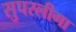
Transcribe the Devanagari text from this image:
सुपरलीगा